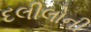
દલીલોની